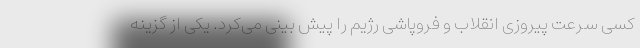
کسی سرعت پیروزی انقلاب و فروپاشی رژیم را پیش بینی می‌کرد. یکی از گزینه